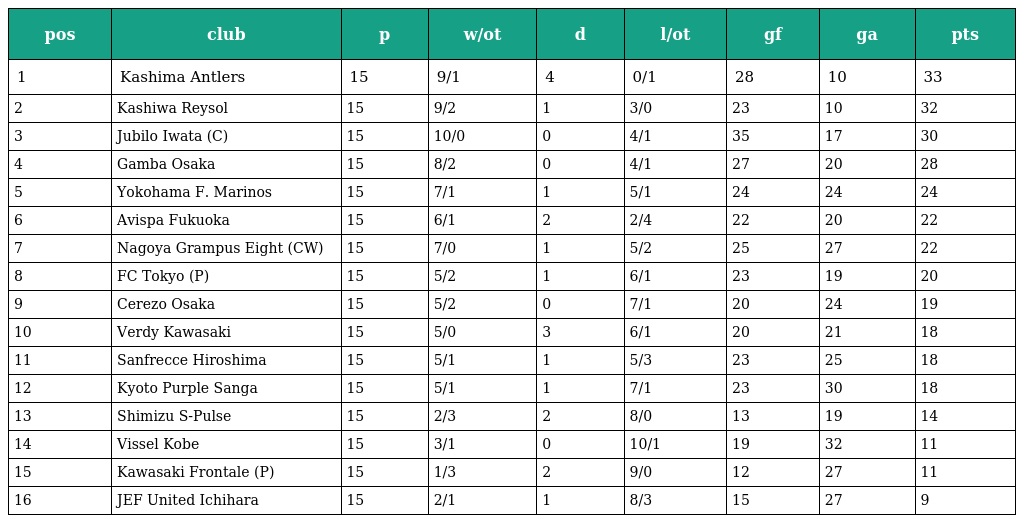
| pos | club | p | w/ot | d | l/ot | gf | ga | pts |
 | --- | --- | --- | --- | --- | --- | --- | --- | --- |
 | 1 | Kashima Antlers | 15 | 9/1 | 4 | 0/1 | 28 | 10 | 33 |
 | 2 | Kashiwa Reysol | 15 | 9/2 | 1 | 3/0 | 23 | 10 | 32 |
 | 3 | Jubilo Iwata (C) | 15 | 10/0 | 0 | 4/1 | 35 | 17 | 30 |
 | 4 | Gamba Osaka | 15 | 8/2 | 0 | 4/1 | 27 | 20 | 28 |
 | 5 | Yokohama F. Marinos | 15 | 7/1 | 1 | 5/1 | 24 | 24 | 24 |
 | 6 | Avispa Fukuoka | 15 | 6/1 | 2 | 2/4 | 22 | 20 | 22 |
 | 7 | Nagoya Grampus Eight (CW) | 15 | 7/0 | 1 | 5/2 | 25 | 27 | 22 |
 | 8 | FC Tokyo (P) | 15 | 5/2 | 1 | 6/1 | 23 | 19 | 20 |
 | 9 | Cerezo Osaka | 15 | 5/2 | 0 | 7/1 | 20 | 24 | 19 |
 | 10 | Verdy Kawasaki | 15 | 5/0 | 3 | 6/1 | 20 | 21 | 18 |
 | 11 | Sanfrecce Hiroshima | 15 | 5/1 | 1 | 5/3 | 23 | 25 | 18 |
 | 12 | Kyoto Purple Sanga | 15 | 5/1 | 1 | 7/1 | 23 | 30 | 18 |
 | 13 | Shimizu S-Pulse | 15 | 2/3 | 2 | 8/0 | 13 | 19 | 14 |
 | 14 | Vissel Kobe | 15 | 3/1 | 0 | 10/1 | 19 | 32 | 11 |
 | 15 | Kawasaki Frontale (P) | 15 | 1/3 | 2 | 9/0 | 12 | 27 | 11 |
 | 16 | JEF United Ichihara | 15 | 2/1 | 1 | 8/3 | 15 | 27 | 9 |